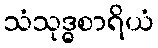
သံသုဒ္ဓစာရိယံ